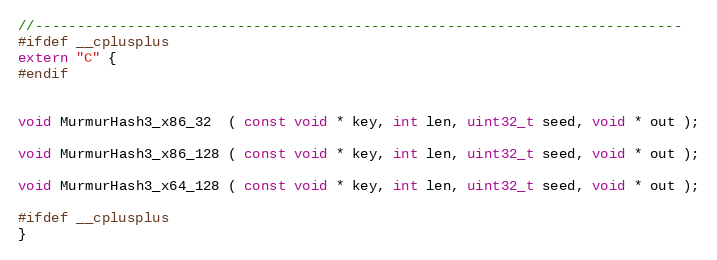
Language: C
//-----------------------------------------------------------------------------
#ifdef __cplusplus
extern "C" {
#endif

void MurmurHash3_x86_32  ( const void * key, int len, uint32_t seed, void * out );

void MurmurHash3_x86_128 ( const void * key, int len, uint32_t seed, void * out );

void MurmurHash3_x64_128 ( const void * key, int len, uint32_t seed, void * out );

#ifdef __cplusplus
}